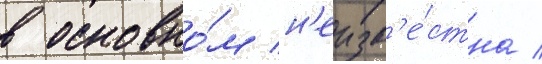
в основно́м н'еизв'е́стна /